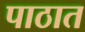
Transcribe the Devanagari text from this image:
पाठात